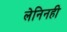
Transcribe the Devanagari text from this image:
लेनिनही